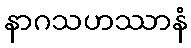
နာဂသဟဿာနံ